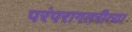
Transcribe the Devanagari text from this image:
परंपरागतरीत्या